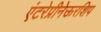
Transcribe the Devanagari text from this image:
एंटरेप्रीनेऊरशिप